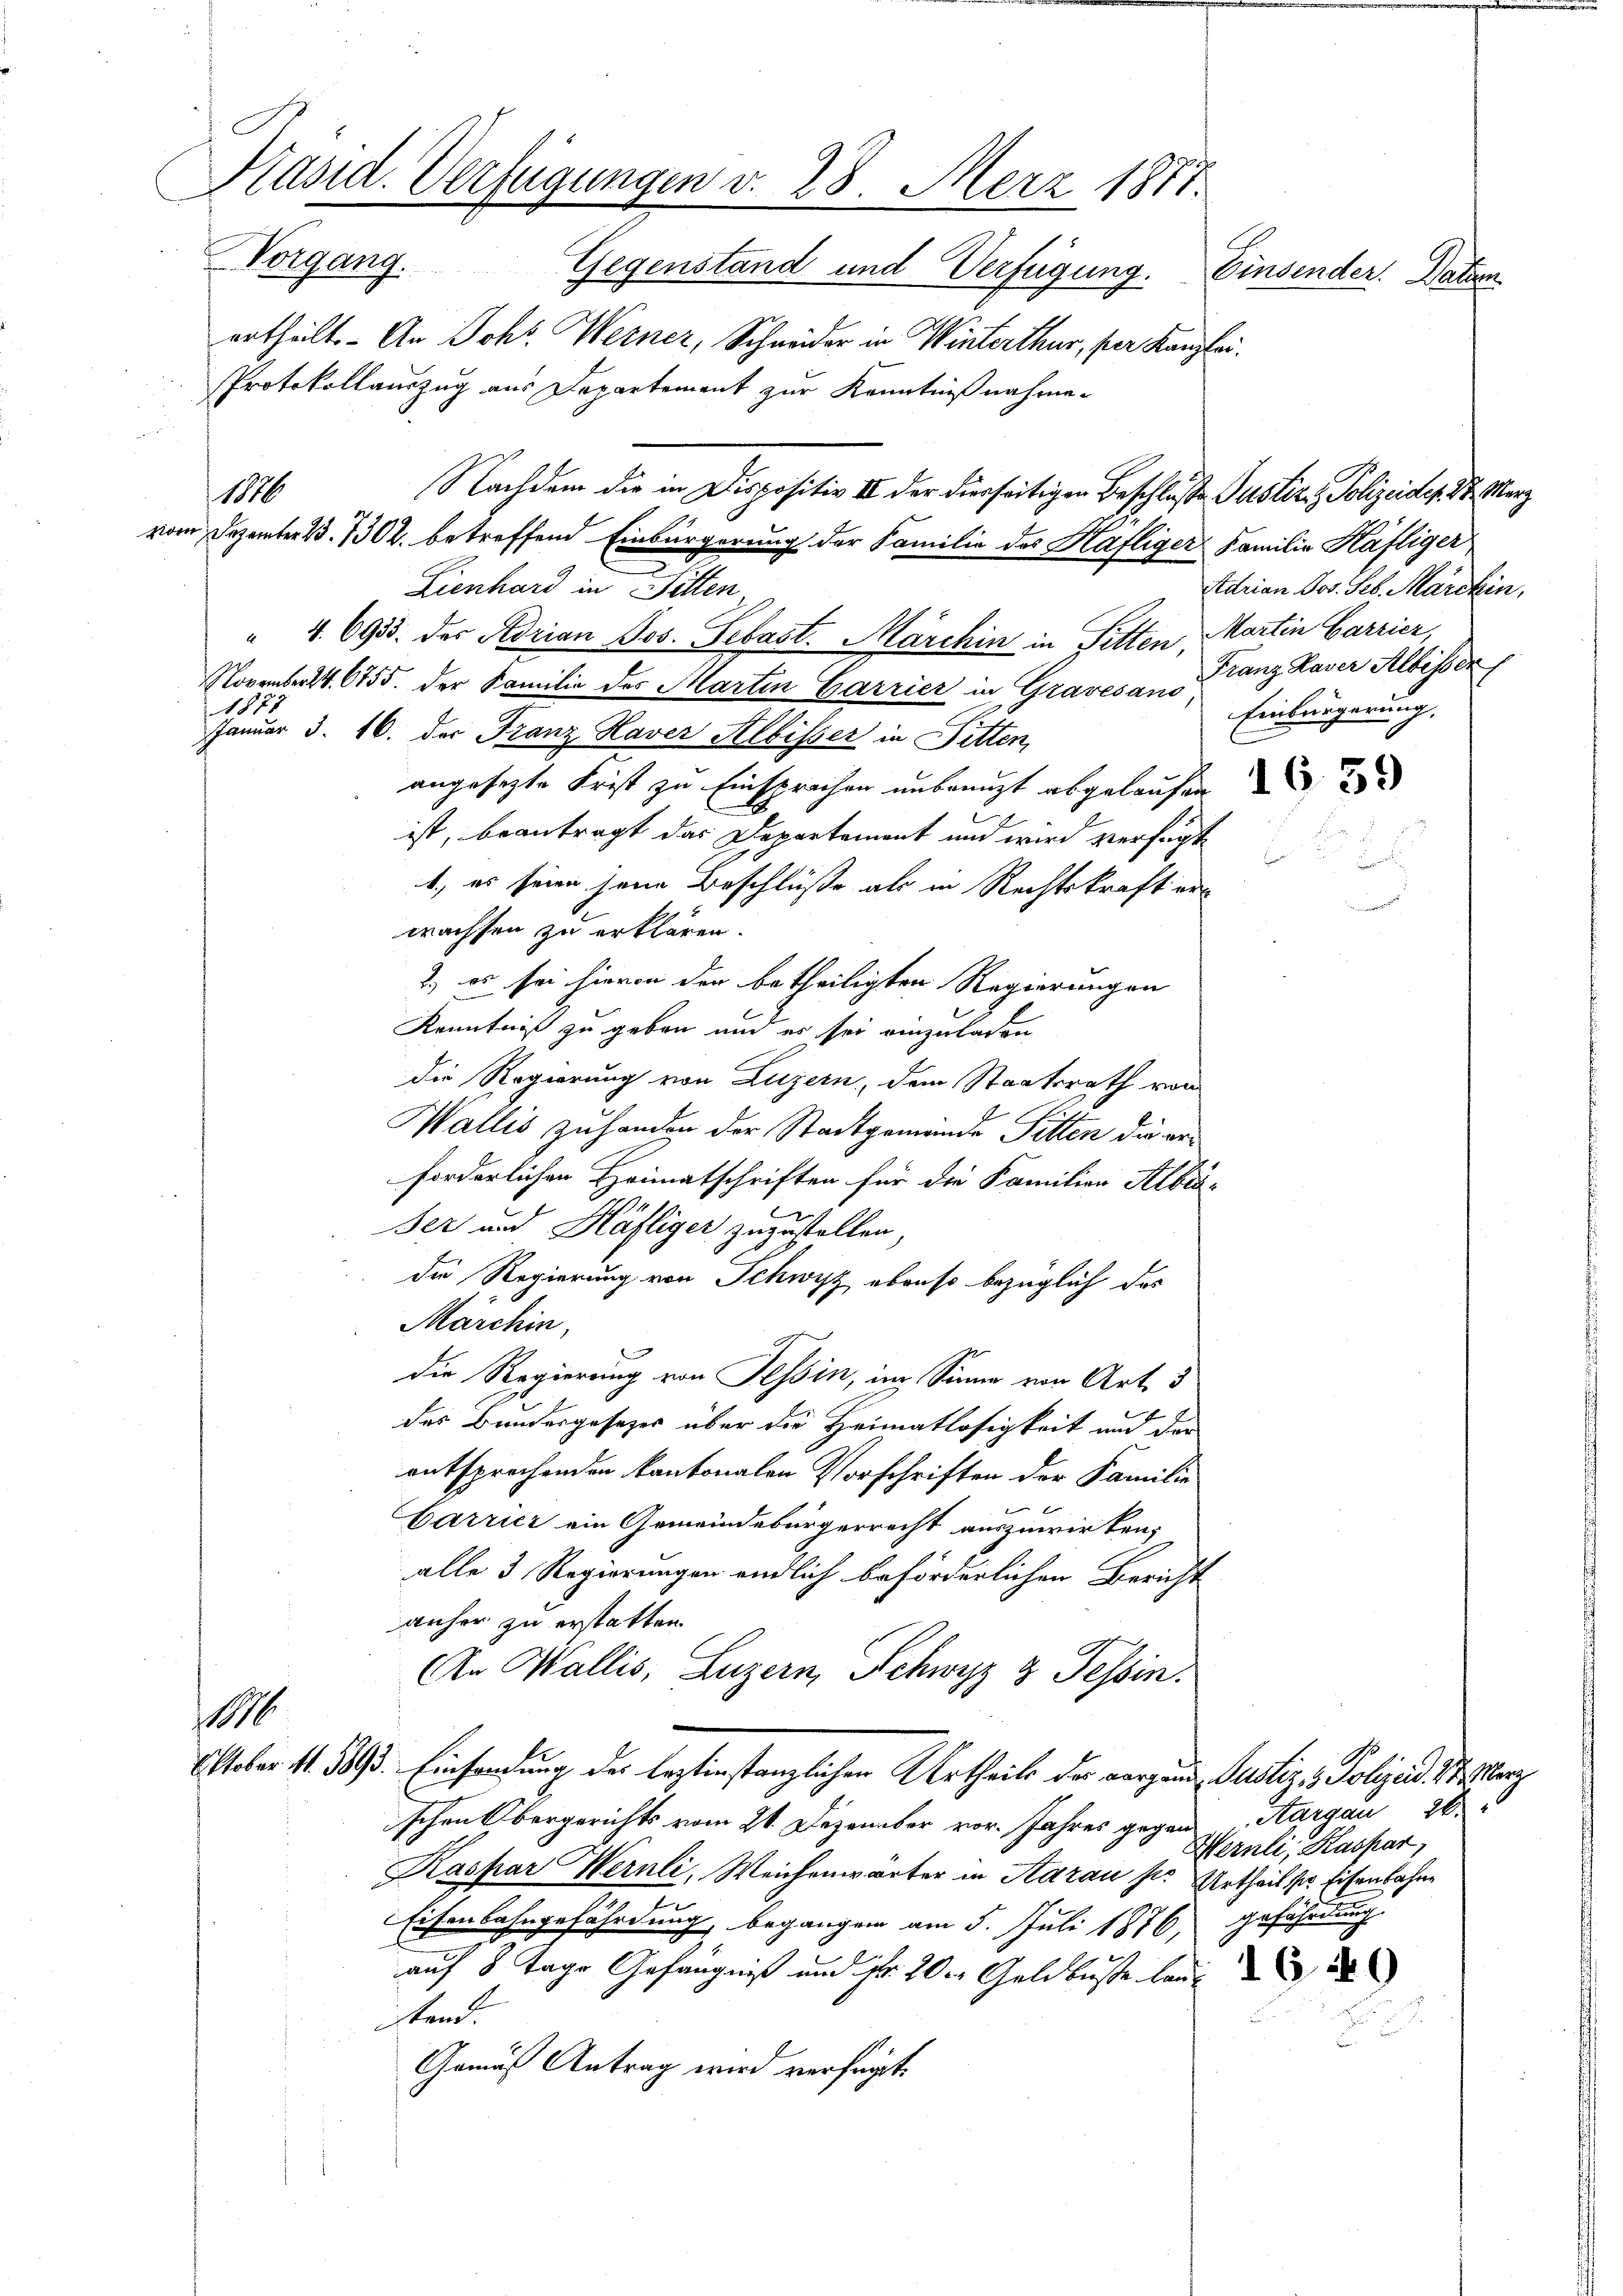
Präsid. Verfügungen v. 28. Merz 1877.
Vorgang. Gegenstand und Verfügung.
Einsender. Datten
ertheilt. - An Johs. Werner, Schneider in Winterthur, per Kanzlei.

Protokollauszug aus Departement zur Kenntnißnahme.
Nachdem die in Dispositiv II der dierseitigen Beschluße Justiz- & Polizeider. Dr. Marz
vom Dezember 23. 130 l. betreffend Einbürgerung der Familie des Häfliger Familie Häfliger
Lienhard in Sitten
" 4. 6933. des Adrian Jos. Sebast. Marchin in Pitten, Martin Carrier,
Novembert. 6755. der Familie des Marten Garrier in Gravesano,
1872
Januar 3. 16. der Franz Haver Albisser in Fetten,
angesezte Frist zu Einsprachen unberuht abgelaufen u
ist, beantragt das Departement und wird verfügt
b., es seien jene Beschlüße als in Rechtskraft er
wachsen zu erklären.
2.) es sei hievon den betheiligten Regierungen
Kenntniß zu geben und er sei einzuladen
die Regierung von Luzern, dem Staatsrath von
Wallis zuhanden der Stadtgemeinde Pitten die erforderlichen Heimatschriften für die Familien Albis-
Fez und Häfliger zuzustellen,
die Regierung von Schwyz ebenso bezüglich das
Märchin,
die Regierung von Tessin, im Sinne von Art. 3
des Bundesgesezes über die Heimatlosigkeit und der
entsprechenden kantonalen Vorschriften der Familie
Carrier ein Gemeindebürgerrecht auszuwirken,
alle 3 Regierungen endlich beförderlichen Bericht
anher zu erstatten.
An Wallis, Luzern, Schwyz 3 Tessin.
1100
Oktober 11. 3093. Einsendung des leztinstanzlichen Urtheils der aargau, Justiz- & Polizeid. St. Merz
schen Obergerichts vom 21. Dezember vor. Jahres gegend Aargau 28.
Kaspar Wernli, Weichenwarter in Aarau sie Urtheil ser Eisenbahne
Eisenbahngefährdung, begangen am 5. Juli 1876, gefährdung.
auf 8 Tage Gefängniß und Fr. 200 Geldbusse land
stend.
Gemäß Antrag wird verfügt:

1876

Adrian Jos. Seb. Marckin,
Franz Kaser Albissen
Einbürgerung,

Wernli, Kaspar,